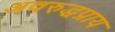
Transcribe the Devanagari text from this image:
अवरुद्धप्राय